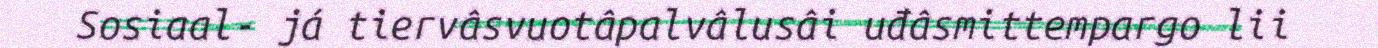
Sosiaal- já tiervâsvuotâpalvâlusâi uđâsmittempargo lii